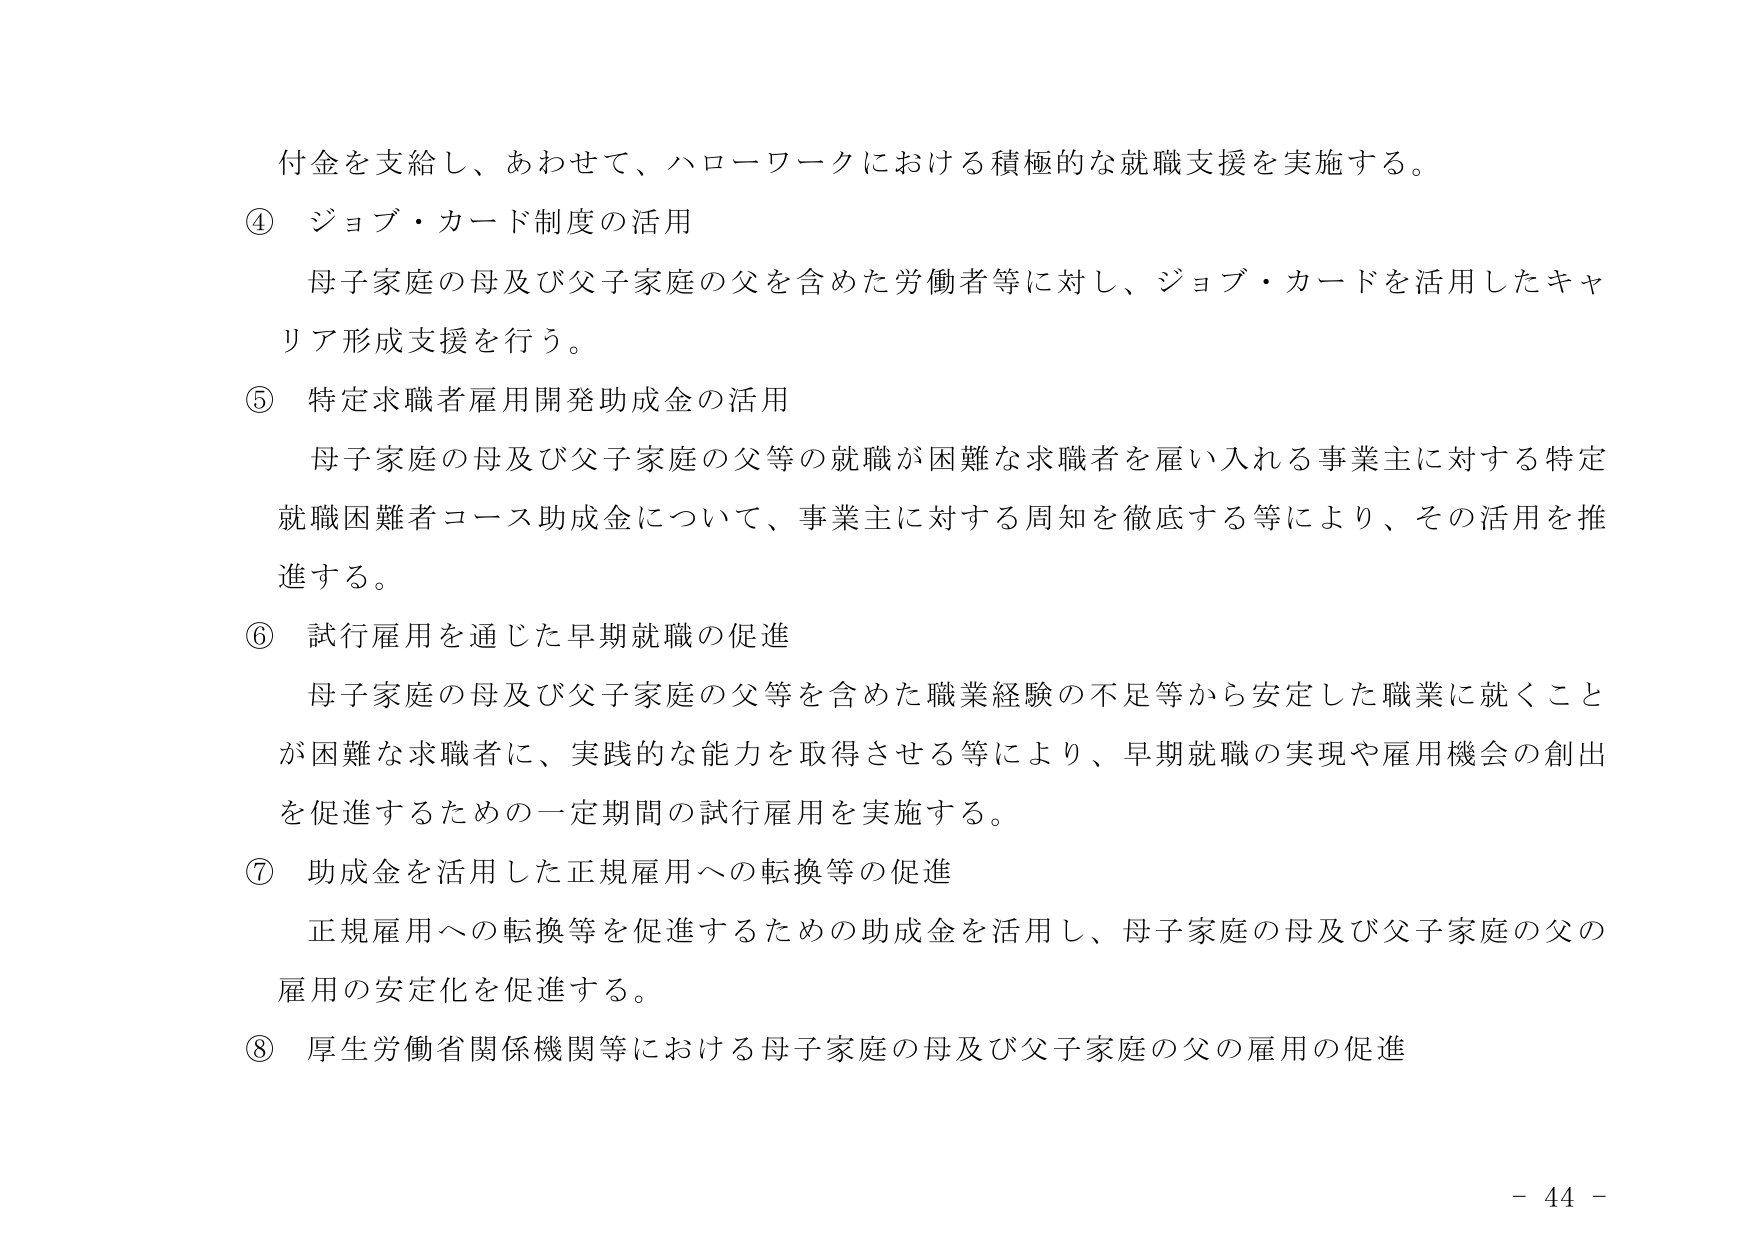
付金を支給し、あわせて、ハローワークにおける積極的な就職支援を実施する。

④ ジョブ・カード制度の活用
母子家庭の母及び父子家庭の父を含めた労働者等に対し、ジョブ・カードを活用したキャリア形成支援を行う。

⑤ 特定求職者雇用開発助成金の活用
母子家庭の母及び父子家庭の父等の就職が困難な求職者を雇い入れる事業主に対する特定就職困難者コース助成金について、事業主に対する周知を徹底する等により、その活用を推進する。

⑥ 試行雇用を通じた早期就職の促進
母子家庭の母及び父子家庭の父等を含めた職業経験の不足等から安定した職業に就くことが困難な求職者に、実践的な能力を取得させる等により、早期就職の実現や雇用機会の創出を促進するための一定期間の試行雇用を実施する。

⑦ 助成金を活用した正規雇用への転換等の促進
正規雇用への転換等を促進するための助成金を活用し、母子家庭の母及び父子家庭の父の雇用の安定化を促進する。

⑧ 厚生労働省関係機関等における母子家庭の母及び父子家庭の父の雇用の促進

- 44 -